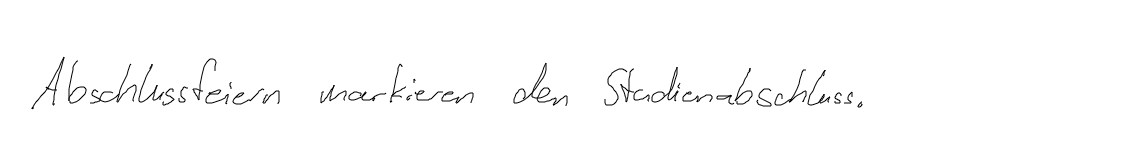
Abschlussfeiern markieren den Studienabschluss.